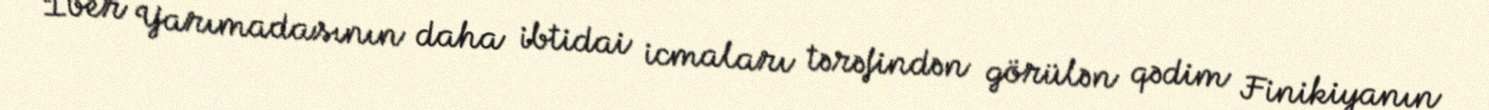
İber Yarımadasının daha ibtidai icmaları tərəfindən görülən qədim Finikiyanın